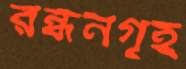
রন্ধনগৃহ